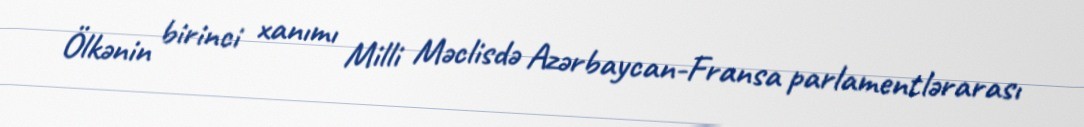
Ölkənin birinci xanımı Milli Məclisdə Azərbaycan-Fransa parlamentlərarası